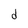
Character: d